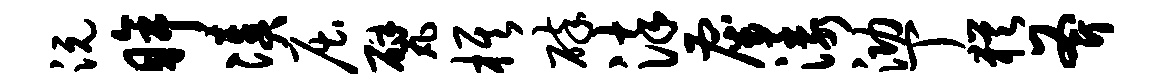
沅眸凑屈甓旗碎染雇漾泐丁犹斧